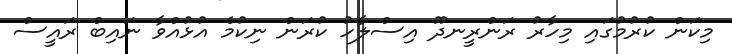
މިކަން ކުރުމުގައި މިހާރު ރަންރީނދޫ އިސްލާހު ކުރަން ނިކުމެ އުޅުއްވާ ނައިބް ރައީސް